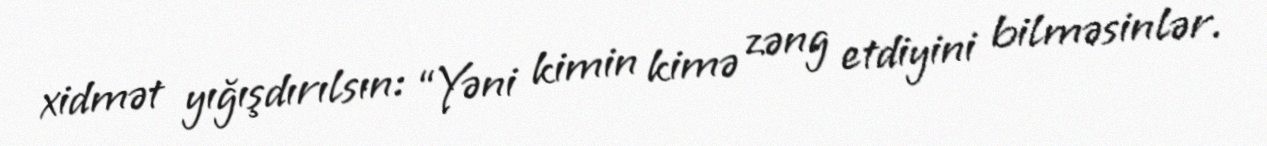
xidmət yığışdırılsın: “Yəni kimin kimə zəng etdiyini bilməsinlər.